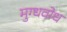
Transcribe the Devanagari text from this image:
मुग्धवोध